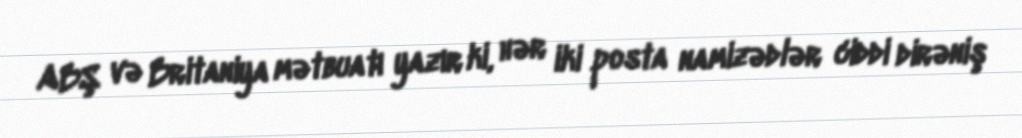
ABŞ və Britaniya mətbuatı yazır ki, hər iki posta namizədlər ciddi dirəniş